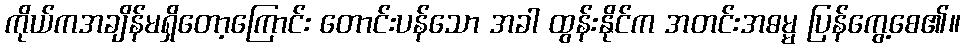
ကိုယ်ကအချိန်မရှိတော့ကြောင်း တောင်းပန်သော အခါ ထွန်းနိုင်က အတင်းအဓမ္မ ပြန်ကွေ့စေ၏။